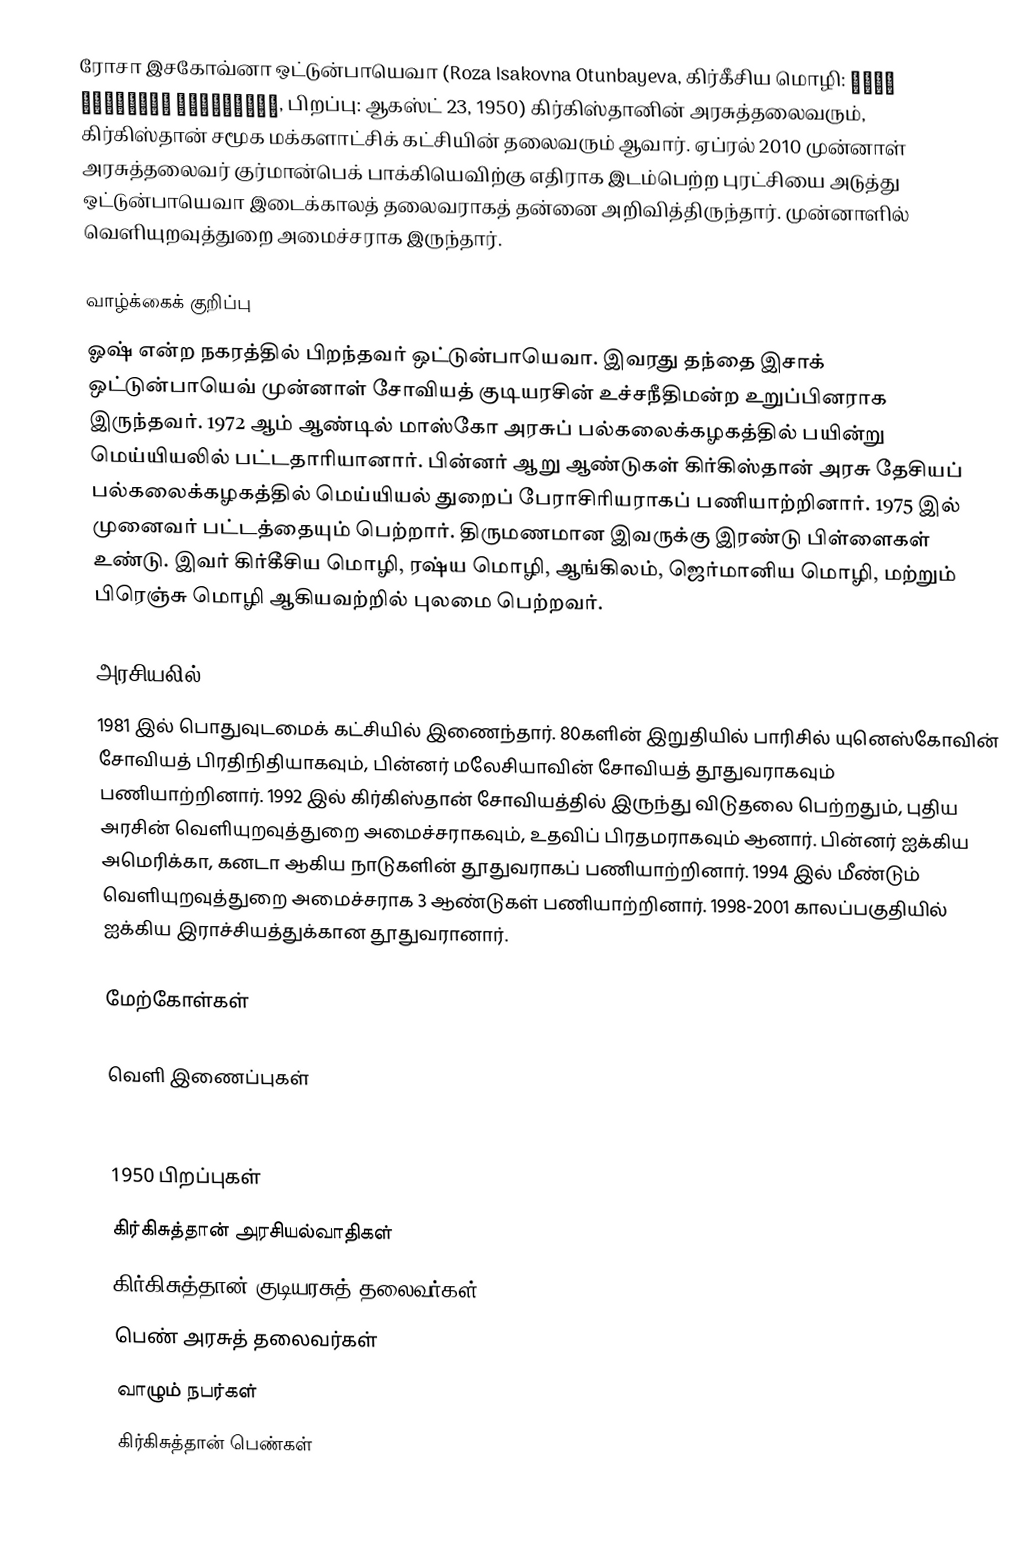
ரோசா இசகோவ்னா ஒட்டுன்பாயெவா (Roza Isakovna Otunbayeva, கிர்கீசிய மொழி: Роза Исаковна Отунбаева, பிறப்பு: ஆகஸ்ட் 23, 1950) கிர்கிஸ்தானின் அரசுத்தலைவரும், கிர்கிஸ்தான் சமூக மக்களாட்சிக் கட்சியின் தலைவரும் ஆவார். ஏப்ரல் 2010 முன்னாள் அரசுத்தலைவர் குர்மான்பெக் பாக்கியெவிற்கு எதிராக இடம்பெற்ற புரட்சியை அடுத்து ஒட்டுன்பாயெவா இடைக்காலத் தலைவராகத் தன்னை அறிவித்திருந்தார். முன்னாளில் வெளியுறவுத்துறை அமைச்சராக இருந்தார்.

வாழ்க்கைக் குறிப்பு
ஓஷ் என்ற நகரத்தில் பிறந்தவர் ஒட்டுன்பாயெவா. இவரது தந்தை இசாக் ஒட்டுன்பாயெவ் முன்னாள் சோவியத் குடியரசின் உச்சநீதிமன்ற உறுப்பினராக இருந்தவர். 1972 ஆம் ஆண்டில் மாஸ்கோ அரசுப் பல்கலைக்கழகத்தில் பயின்று மெய்யியலில் பட்டதாரியானார். பின்னர் ஆறு ஆண்டுகள் கிர்கிஸ்தான் அரசு தேசியப் பல்கலைக்கழகத்தில் மெய்யியல் துறைப் பேராசிரியராகப் பணியாற்றினார். 1975 இல் முனைவர் பட்டத்தையும் பெற்றார். திருமணமான இவருக்கு இரண்டு பிள்ளைகள் உண்டு. இவர் கிர்கீசிய மொழி, ரஷ்ய மொழி, ஆங்கிலம், ஜெர்மானிய மொழி, மற்றும் பிரெஞ்சு மொழி ஆகியவற்றில் புலமை பெற்றவர்.

அரசியலில்
1981 இல் பொதுவுடமைக் கட்சியில் இணைந்தார். 80களின் இறுதியில் பாரிசில் யுனெஸ்கோவின் சோவியத் பிரதிநிதியாகவும், பின்னர் மலேசியாவின் சோவியத் தூதுவராகவும் பணியாற்றினார். 1992 இல் கிர்கிஸ்தான் சோவியத்தில் இருந்து விடுதலை பெற்றதும், புதிய அரசின் வெளியுறவுத்துறை அமைச்சராகவும், உதவிப் பிரதமராகவும் ஆனார். பின்னர் ஐக்கிய அமெரிக்கா, கனடா ஆகிய நாடுகளின் தூதுவராகப் பணியாற்றினார். 1994 இல் மீண்டும் வெளியுறவுத்துறை அமைச்சராக 3 ஆண்டுகள் பணியாற்றினார். 1998-2001 காலப்பகுதியில் ஐக்கிய இராச்சியத்துக்கான தூதுவரானார்.

மேற்கோள்கள்

வெளி இணைப்புகள்
 Kyrgyzstan: The Bittersweet Fruits Of The Revolution

1950 பிறப்புகள்
கிர்கிசுத்தான் அரசியல்வாதிகள்
கிர்கிசுத்தான் குடியரசுத் தலைவர்கள்
பெண் அரசுத் தலைவர்கள்
வாழும் நபர்கள்
கிர்கிசுத்தான் பெண்கள்